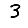
Digit: 3